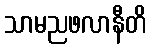
သာမညဖလာနီတိ